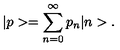
| p > = \sum _ { n = 0 } ^ { \infty } p _ { n } | n > .